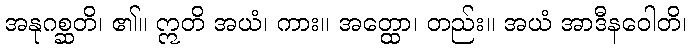
အနုဂစ္ဆတိ၊ ၏။ ဣတိ အယံ၊ ကား။ အတ္ထော၊ တည်း။ အယံ အာဒီနဝေါတိ၊